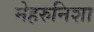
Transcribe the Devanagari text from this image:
मेहरुनिशा